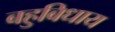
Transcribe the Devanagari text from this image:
बहुबिधाय